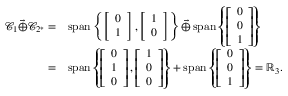
\begin{array} { r l } { \mathcal { C } _ { 1 } \vec { \oplus } \mathcal { C } _ { 2 ^ { * } } = } & { \operatorname { s p a n } \left\{ \left[ \begin{array} { l } { 0 } \\ { 1 } \end{array} \right] , \left[ \begin{array} { l } { 1 } \\ { 0 } \end{array} \right] \right\} \vec { \oplus } \operatorname { s p a n } \left\{ \left[ \begin{array} { l } { 0 } \\ { 0 } \\ { 1 } \end{array} \right] \right\} } \\ { = } & { \operatorname { s p a n } \left\{ \left[ \begin{array} { l } { 0 } \\ { 1 } \\ { 0 } \end{array} \right] , \left[ \begin{array} { l } { 1 } \\ { 0 } \\ { 0 } \end{array} \right] \right\} + \operatorname { s p a n } \left\{ \left[ \begin{array} { l } { 0 } \\ { 0 } \\ { 1 } \end{array} \right] \right\} = \mathbb { R } _ { 3 } . } \end{array}